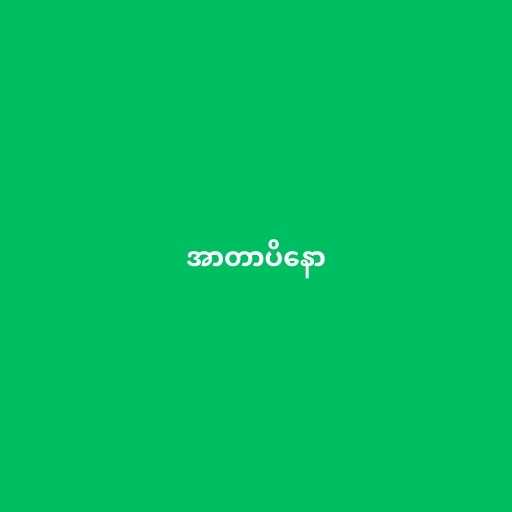
အာတာပိနော